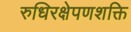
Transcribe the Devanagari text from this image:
रुधिरक्षेपणशक्ति